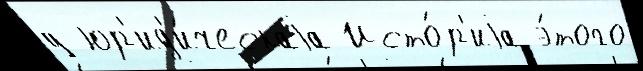
у юр'ид'и́ческаjа Исто́р'иjа э́того